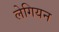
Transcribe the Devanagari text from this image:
लेगियन